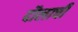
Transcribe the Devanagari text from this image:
दौलाची